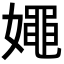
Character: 𡢘